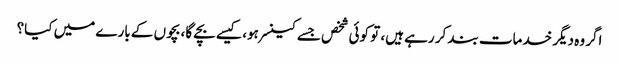
اگر وہ دیگر خدمات بند کر رہے ہیں، تو کوئی شخص جسے کینسر ہو، کیسے بچے گا، بچوں کے بارے میں کیا؟